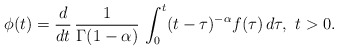
\begin{align*}\phi(t) = \frac{d}{dt}\, \frac{1}{\Gamma(1-\alpha)}\, \int_0^t (t-\tau)^{-\alpha}f(\tau)\, d\tau,\ t>0.\end{align*}